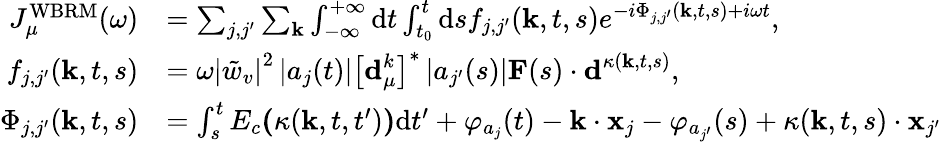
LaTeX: \begin{array}{rl}{J_{\mu}^{\mathrm{WBRM}}(\omega)}&{=\sum_{j,j^{\prime}}\sum_{\mathbf{k}}\int_{-\infty}^{+\infty}\mathrm{d}t\int_{t_{0}}^{t}\mathrm{d}sf_{j,j^{\prime}}(\textbf{k},t,s)e^{-i\Phi_{j,j^{\prime}}(\textbf{k},t,s)+i\omega t},}\\ {f_{j,j^{\prime}}(\textbf{k},t,s)}&{=\omega\left|\tilde{w}_{v}\right|^{2}\left|a_{j}(t)\right|\left[\textbf{d}_{\mu}^{k}\right]^{*}\left|a_{j^{\prime}}(s)\right|\textbf{F}(s)\cdot\textbf{d}^{\kappa(\textbf{k},t,s)},}\\ {\Phi_{j,j^{\prime}}(\textbf{k},t,s)}&{=\int_{s}^{t}E_{c}\textbf{(}\kappa(\textbf{k},t,t^{\prime})\textbf{)}\mathrm{d}t^{\prime}+\varphi_{a_{j}}(t)-\textbf{k}\cdot\textbf{x}_{j}-\varphi_{a_{j^{\prime}}}(s)+\kappa(\textbf{k},t,s)\cdot\textbf{x}_{j^{\prime}}}\end{array}